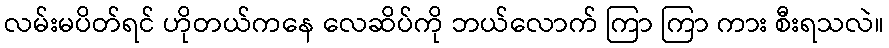
လမ်းမပိတ်ရင် ဟိုတယ်ကနေ လေဆိပ်ကို ဘယ်လောက် ကြာ ကြာ ကား စီးရသလဲ။